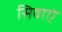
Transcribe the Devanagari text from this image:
सिवाऐ